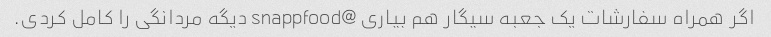
اگر همراه سفارشات یک جعبه سیگار هم بیاری @snappfood دیگه مردانگی را کامل کردی.